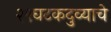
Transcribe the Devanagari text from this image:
२९घटकदुव्याचे